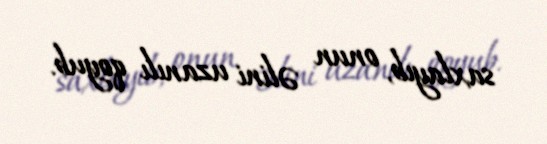
saxlayıb, onun əlini uzanılı qoyub.